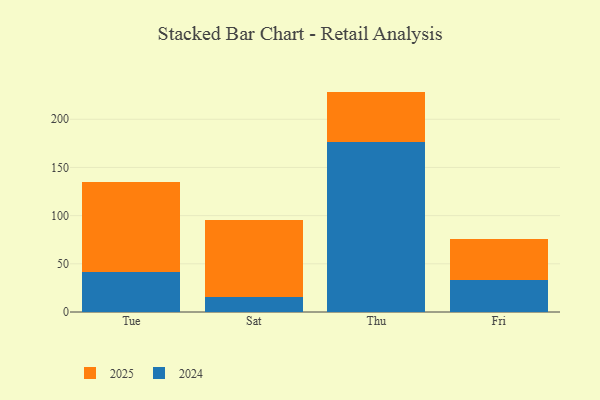
{"axis": {"x": "Day", "y": "Budget (USD K)"}, "legend": ["2024", "2025"], "data": [{"x": "Tue", "y": 41.6, "type": "2024"}, {"x": "Tue", "y": 93.7, "type": "2025"}, {"x": "Sat", "y": 15.6, "type": "2024"}, {"x": "Sat", "y": 79.9, "type": "2025"}, {"x": "Thu", "y": 176.2, "type": "2024"}, {"x": "Thu", "y": 52.5, "type": "2025"}, {"x": "Fri", "y": 33.0, "type": "2024"}, {"x": "Fri", "y": 43.0, "type": "2025"}]}